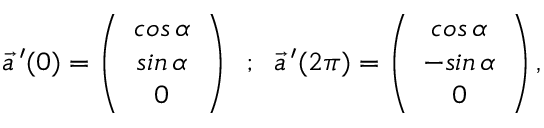
\vec { a } \, ^ { \prime } ( 0 ) = \left( \begin{array} { c } { { c o s \, \alpha } } \\ { { s i n \, \alpha } } \\ { { 0 } } \end{array} \right) \; \; ; \; \; \vec { a } \, ^ { \prime } ( 2 \pi ) = \left( \begin{array} { c } { { c o s \, \alpha } } \\ { { - s i n \, \alpha } } \\ { { 0 } } \end{array} \right) ,